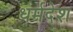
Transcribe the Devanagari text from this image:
धर्मदेश